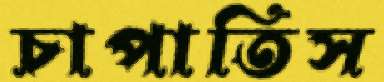
চাপাতিস